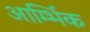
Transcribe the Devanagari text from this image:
आर्म्भिक